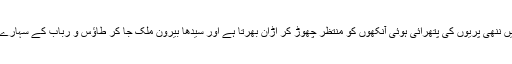
ریاست کا والی صدمے کی حالت میں ننھی پریوں کی پتھرائی ہوئی آنکھوں کو منتظر چھوڑ کر اڑان بھرتا ہے اور سیدھا بیرون ملک جا کر طاؤس و رباب کے سہارے سانحے کا غم غلط کرنے لگتا ہے۔